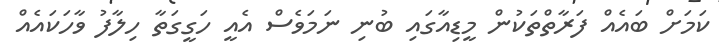
ކަމަށް ބައެއް ފަރާތްތަކުން މީޑިއާގައި ބުނި ނަމަވެސް އެއީ ހަގީގަތާ ހިލާފު ވާހަކައެއް